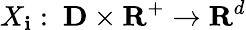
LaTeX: X_{\mathbf{i}}:~\mathbf{{D}}\times\mathbf{{R}}^{+}\rightarrow\mathbf{{R}}^{d}